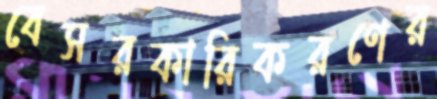
বেসরকারিকরণের